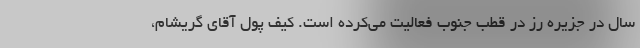
سال در جزیره رز در قطب جنوب فعالیت می‌کرده است. کیف پول آقای گریشام،